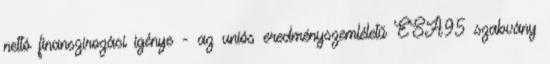
nettó finanszírozási igénye - az uniós eredményszemléletű ESA95 szabvány